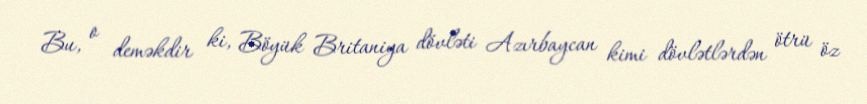
Bu, o deməkdir ki, Böyük Britaniya dövləti Azırbaycan kimi dövlətlərdən ötrü öz